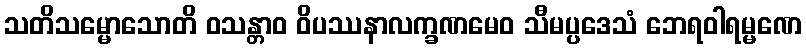
သတိသမ္မောသောတိ ဝသန္တာဝ ဝိပဿနာလက္ခဏမေဝ သီမပ္ပဒေသံ ဘေရဝါရမ္မဏေ